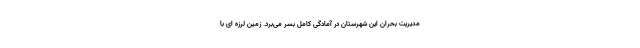
مدیریت بحران این شهرستان در آمادگی کامل بسر می‌برد. زمین لرزه ای با